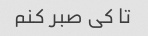
تا کی صبر کنم